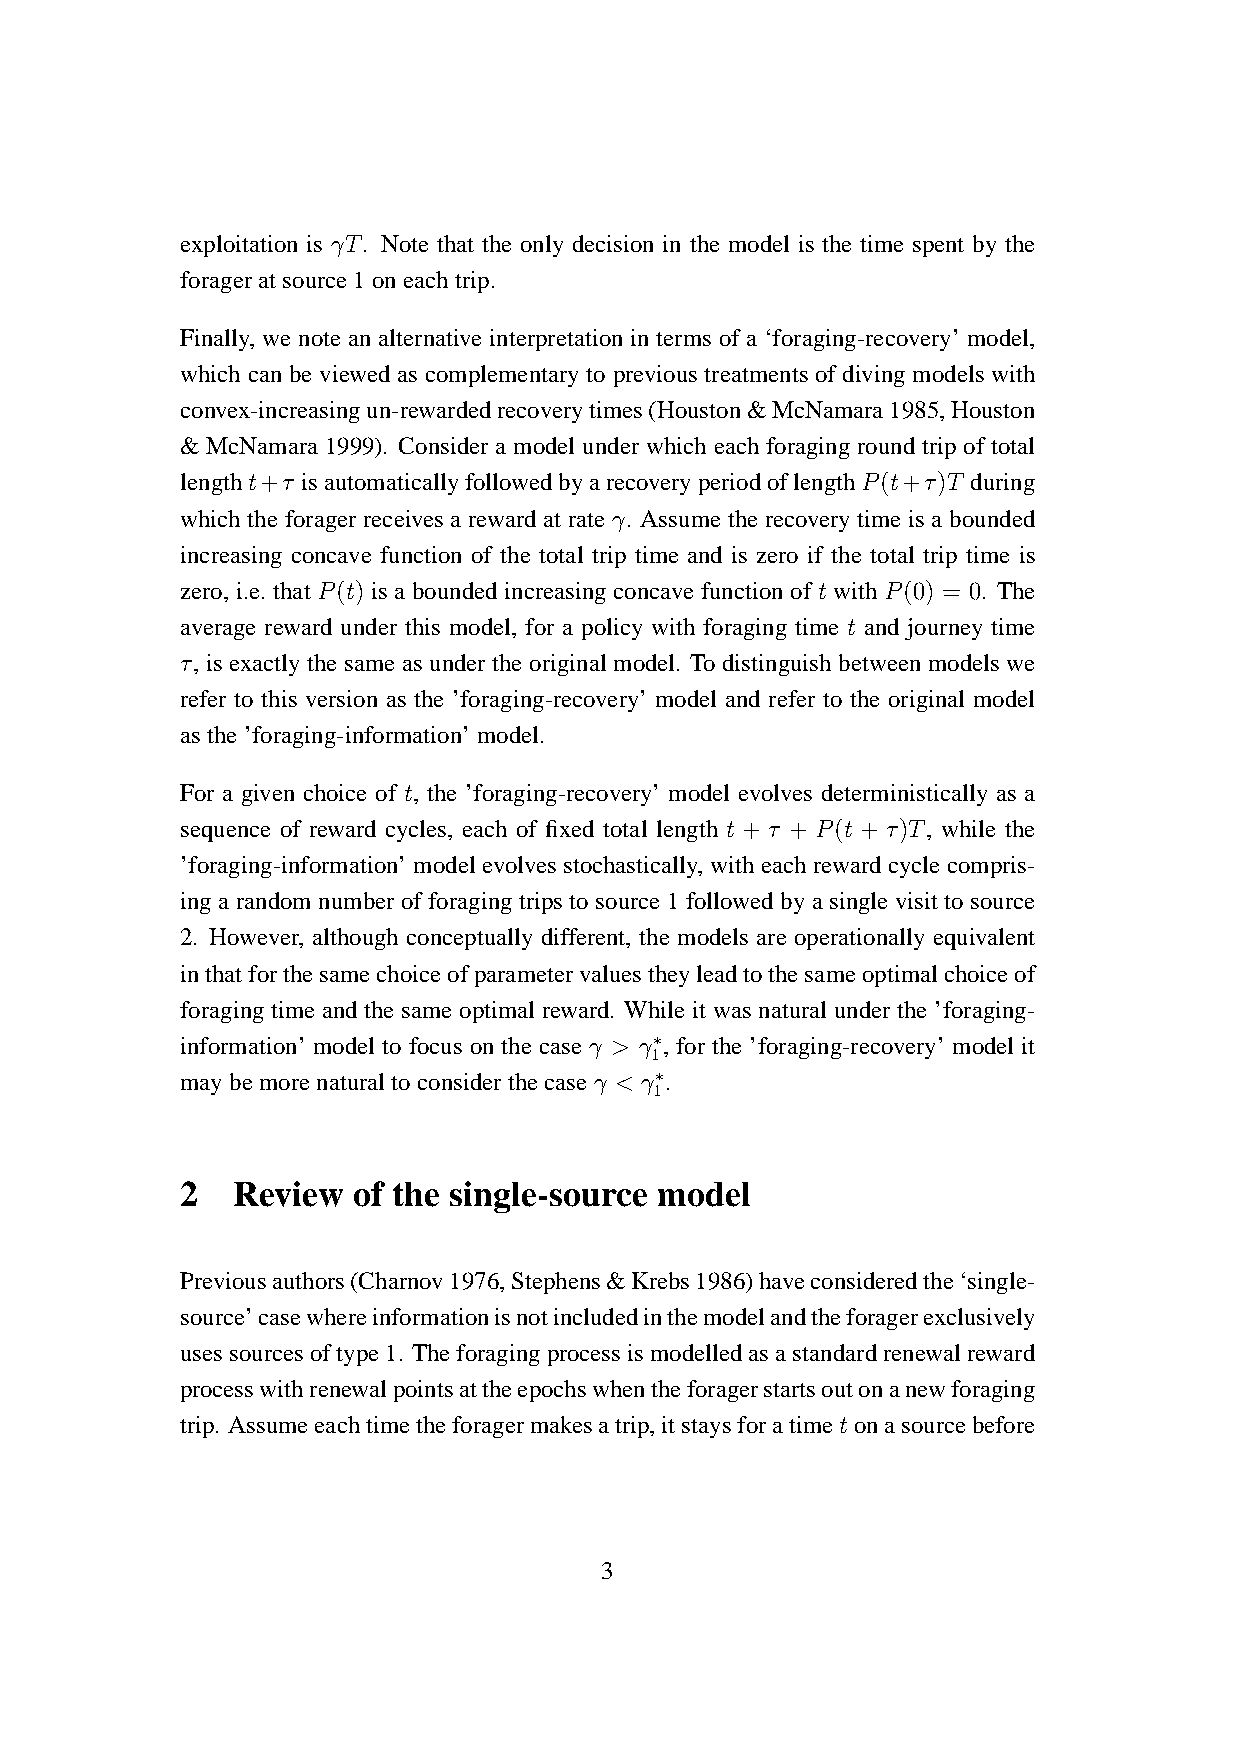
exploitation is γT. Note that the only decision in the model is the time spent by the
 forageratsource1oneachtrip.
 Finally, we note an alternative interpretation in terms of a ‘foraging-recovery’ model,
 which can be viewed as complementary to previous treatments of diving models with
 convex-increasingun-rewardedrecoverytimes(Houston&McNamara1985,Houston
 & McNamara 1999). Consider a model under which each foraging round trip of total
 lengtht+τ isautomaticallyfollowedbyarecoveryperiodoflengthP(t+τ)T during
 which the forager receives a reward at rate γ. Assume the recovery time is a bounded
 increasing concave function of the total trip time and is zero if the total trip time is
 zero, i.e. that P(t) is a bounded increasing concave function of t with P(0) = 0. The
 average reward under this model, for a policy with foraging time t and journey time
 τ, is exactly the same as under the original model. To distinguish between models we
 refer to this version as the ’foraging-recovery’ model and refer to the original model
 asthe’foraging-information’model.
 For a given choice of t, the ’foraging-recovery’ model evolves deterministically as a
 sequence of reward cycles, each of fixed total length t + τ + P(t + τ)T, while the
 ’foraging-information’ model evolves stochastically, with each reward cycle compris-
 ing a random number of foraging trips to source 1 followed by a single visit to source
 2. However, although conceptually different, the models are operationally equivalent
 inthatforthesamechoiceofparametervaluestheyleadtothesameoptimalchoiceof
 foraging time and the same optimal reward. While it was natural under the ’foraging-
 information’ model to focus on the case γ > γ∗, for the ’foraging-recovery’ model it
 1
 maybemorenaturaltoconsiderthecase γ < γ∗.
 1
 2  Review  of the single-source model
 Previousauthors(Charnov1976,Stephens&Krebs1986)haveconsideredthe‘single-
 source’casewhereinformationisnotincludedinthemodelandtheforagerexclusively
 usessourcesoftype1. Theforagingprocessismodelledasastandardrenewalreward
 processwithrenewalpointsattheepochswhentheforagerstartsoutonanewforaging
 trip. Assumeeachtimetheforagermakesatrip,itstaysforatimetonasourcebefore
 3